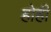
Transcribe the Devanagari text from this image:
होही